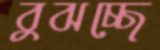
বুঝচ্ছে